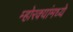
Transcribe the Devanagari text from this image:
म्होरक्यांमध्ये